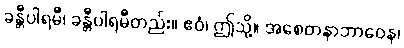
ခန္တီပါရမီ၊ ခန္တီပါရမီတည်း။ ဧဝံ၊ ဤသို့။ အစေတနာဘာဝေန၊